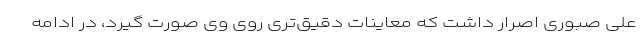
علی صبوری اصرار داشت که معاینات دقیق‌تری روی وی صورت گیرد، در ادامه